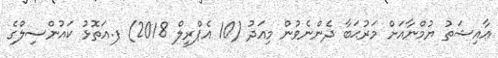
ޢާއިޝަތު ޔުމްނާއަށް މަރުޙަބާ ދެންނެވުން މިއަދު (10 އެޕްރީލް 2018) ފ.އަތޮޅު ކައުންސިލްގެ